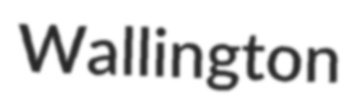
Wallington